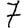
Digit: 7